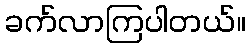
ခက်လာကြပါတယ်။